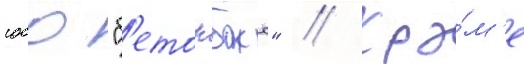
сооо "б'етонбокс" // Кро́м'е